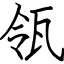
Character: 瓴